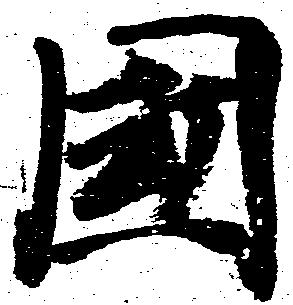
国